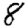
Digit: 8